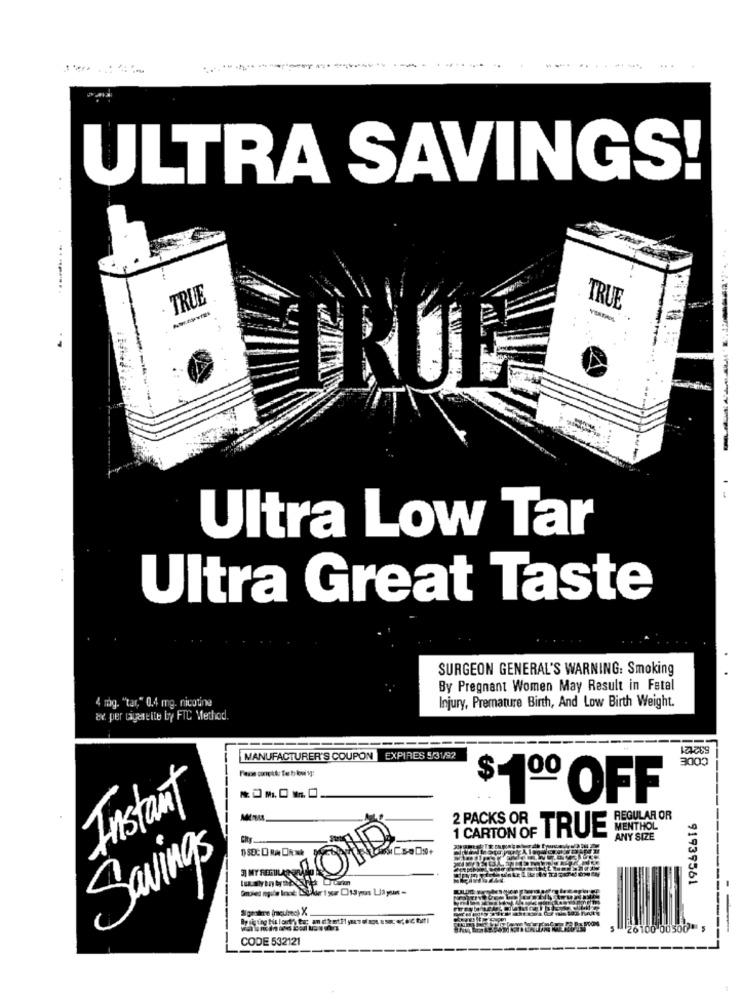
ULTRA SAVINGS!
TRUE
TRUE
Ultra Low Tar
Ultra Great Taste
SURGEON GENERAL'S WARNING: Smoking
By Pregnant Women May Result in Fetal
4 mg. "tar," 0.4 mg. nicotine
Injury, Premature Birth, And Low Birth Weight.
av. per tigeseite by FTC Method.
---
MANUFACTURER'S COUPON EXPIRES 5/31/92
3000
$
$1ºº OFF
Instant
2 PACKS OR
REGULAR OR
MENTHOL
TRUE
ANY SIZE
Savings
91939561
26100 00500 5
CODE 532121